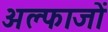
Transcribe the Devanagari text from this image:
अल्फाजों